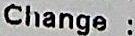
CHANGE :